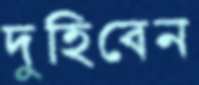
দুহিবেন